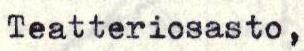
Teatteriosasto,